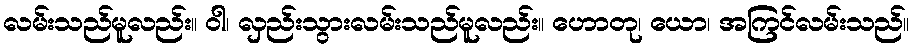
လမ်းသည်မူလည်း။ ဝါ၊ လှည်းသွားလမ်းသည်မူလည်း။ ဟောတု၊ ယော၊ အကြင်လမ်းသည်။